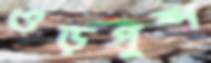
ওড়পুষ্প